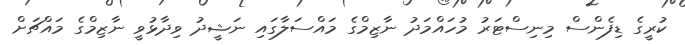
ކުރީގެ ޑިފެންސް މިނިސްޓަރު މުހައްމަދު ނާޒިމްގެ މައްސަލާގައި ނަޝީދު ވިދާޅުވީ ނާޒިމްގެ މައްޗަށް